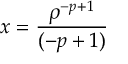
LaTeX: x = { \frac { \rho ^ { - p + 1 } } { ( - p + 1 ) } }